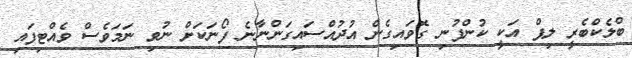
ބްލެކްބެރީ ލިޕް އަކީ ކުންފުނި ގޮވައިގެން އުދުއްސައިގަންނާނެ ފޯނަކަށް ނުވި ނަމަވެސް ވެއްޓިފައި